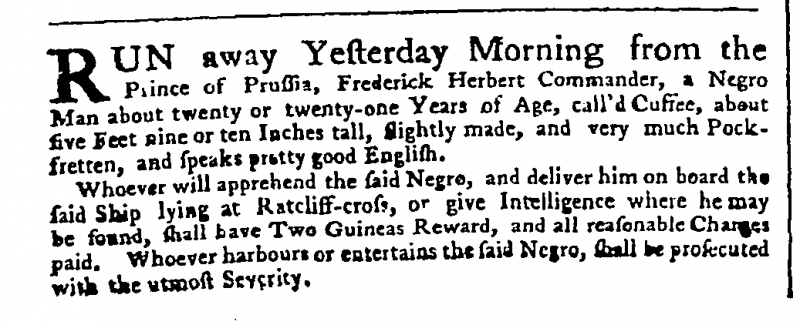
Public Advertiser, 28 November 1758 (England)
RUN away Yesterday Morning from the Prince of Prussia, Fredrick Herbert Commander, a Negro Man about twenty or twenty-one Years of Age, call’d Cuffee, about five Feet nine or ten Inches tall, slightly made, and very much Pock-fretten, and speaks pretty good English.  Whoever will apprehend the said Negro, and deliver him on board the said Ship lying at Ratcliff-cross, or give Intelligence where he may be found, shall have Two Guineas Reward, and all reasonable Charges paid. Whoever harbours or entertains the said Negro, shall be prosecuted with the utmost Severity.